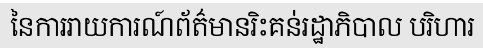
នៃការរាយការណ៍ព័ត៌មានរិះគន់រដ្ឋាភិបាល បរិហារ